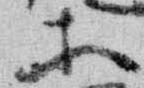
等